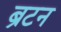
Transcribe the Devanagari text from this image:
ब्रटन